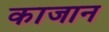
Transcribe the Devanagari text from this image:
काजान